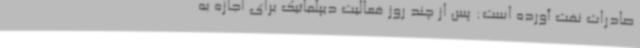
صادرات نفت آورده است: پس از چند روز فعالیت دیپلماتیک برای اجازه به